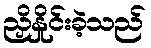
ညှိနှိုင်းခဲ့သည်